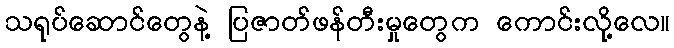
သရုပ်ဆောင်တွေနဲ့ ပြဇာတ်ဖန်တီးမှုတွေက ကောင်းလို့လေ။